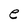
Character: e